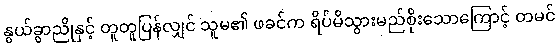
နွယ်ခွာညိုနှင့် တူတူပြန်လျှင် သူမ၏ ဖခင်က ရိပ်မိသွားမည်စိုးသောကြောင့် တမင်